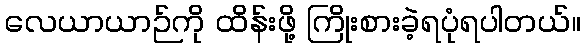
လေယာယာဉ်ကို ထိန်းဖို့ ကြိုးစားခဲ့ရပုံရပါတယ်။